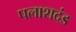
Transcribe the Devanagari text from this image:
पलाशदंड